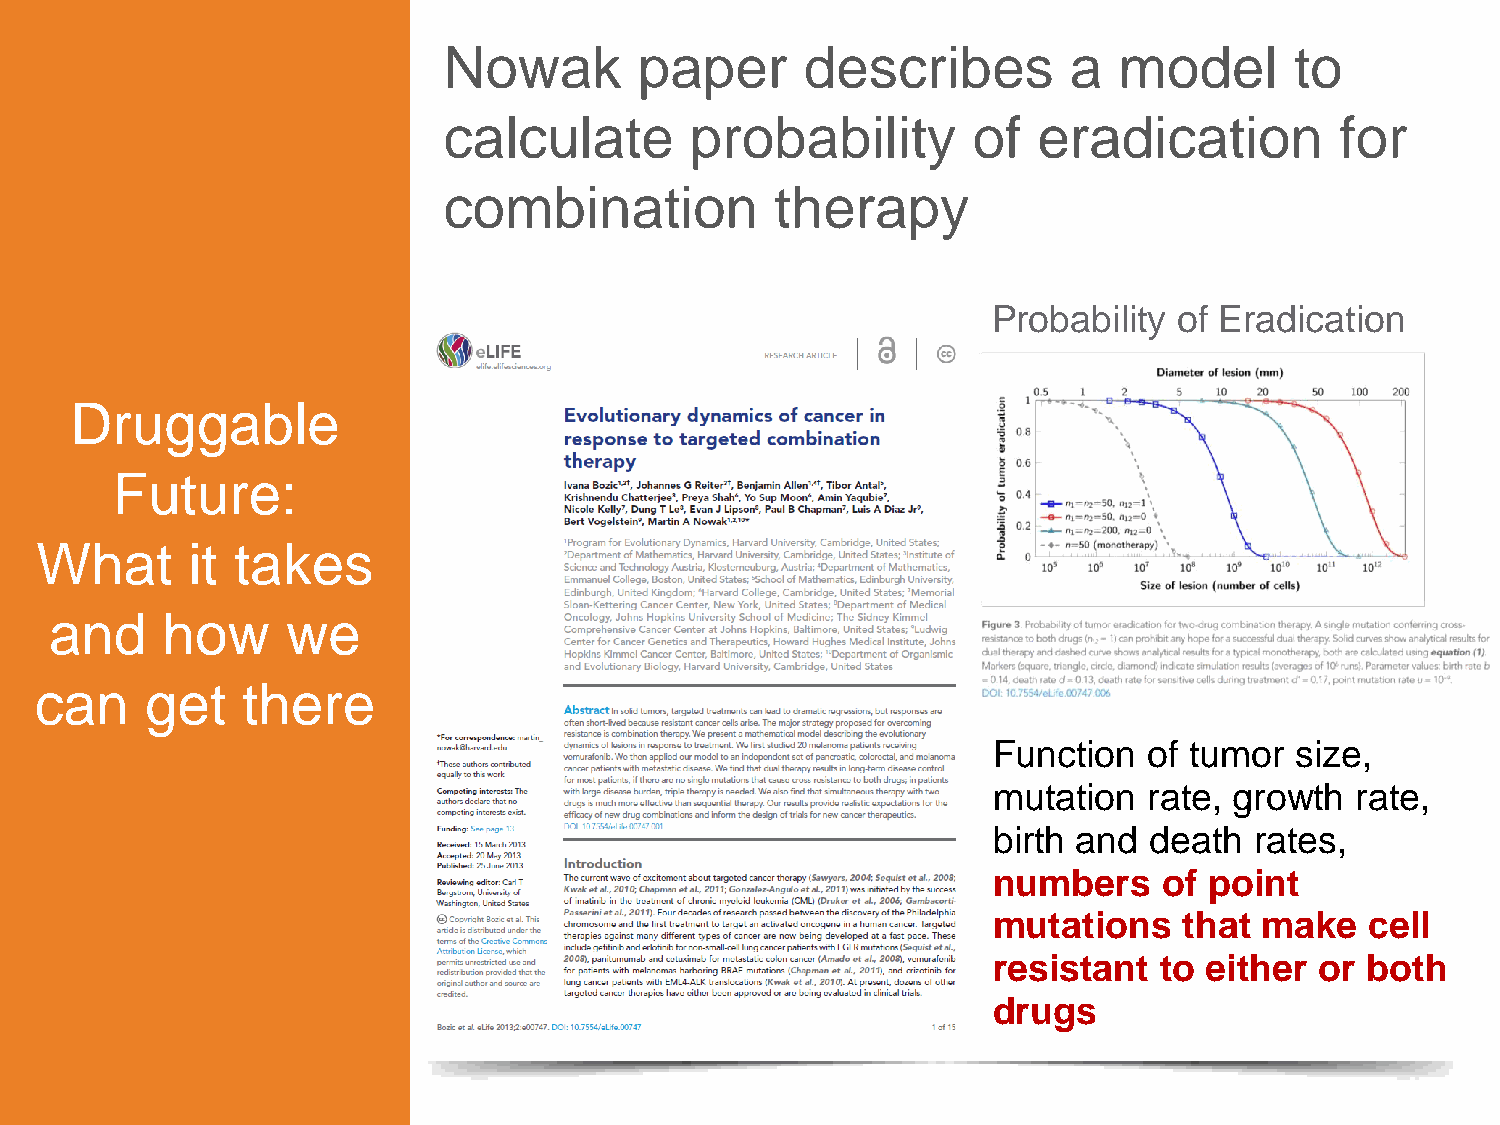
Nowak        paper      describes         a  model       to
 calculate        probability       of   eradication         for
 combination           therapy
 Probability of Eradication
 Druggable
 Future:
 What      it takes
 and     how     we
 can     get   there
 Function  of tumor  size,
 mutation  rate, growth  rate,
 birth and death  rates,
 numbers    of point
 mutations   that  make   cell
 resistant  to either or both
 drugs
 22